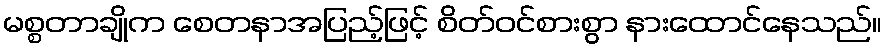
မစ္စတာချိုက စေတနာအပြည့်ဖြင့် စိတ်ဝင်စားစွာ နားထောင်နေသည်။